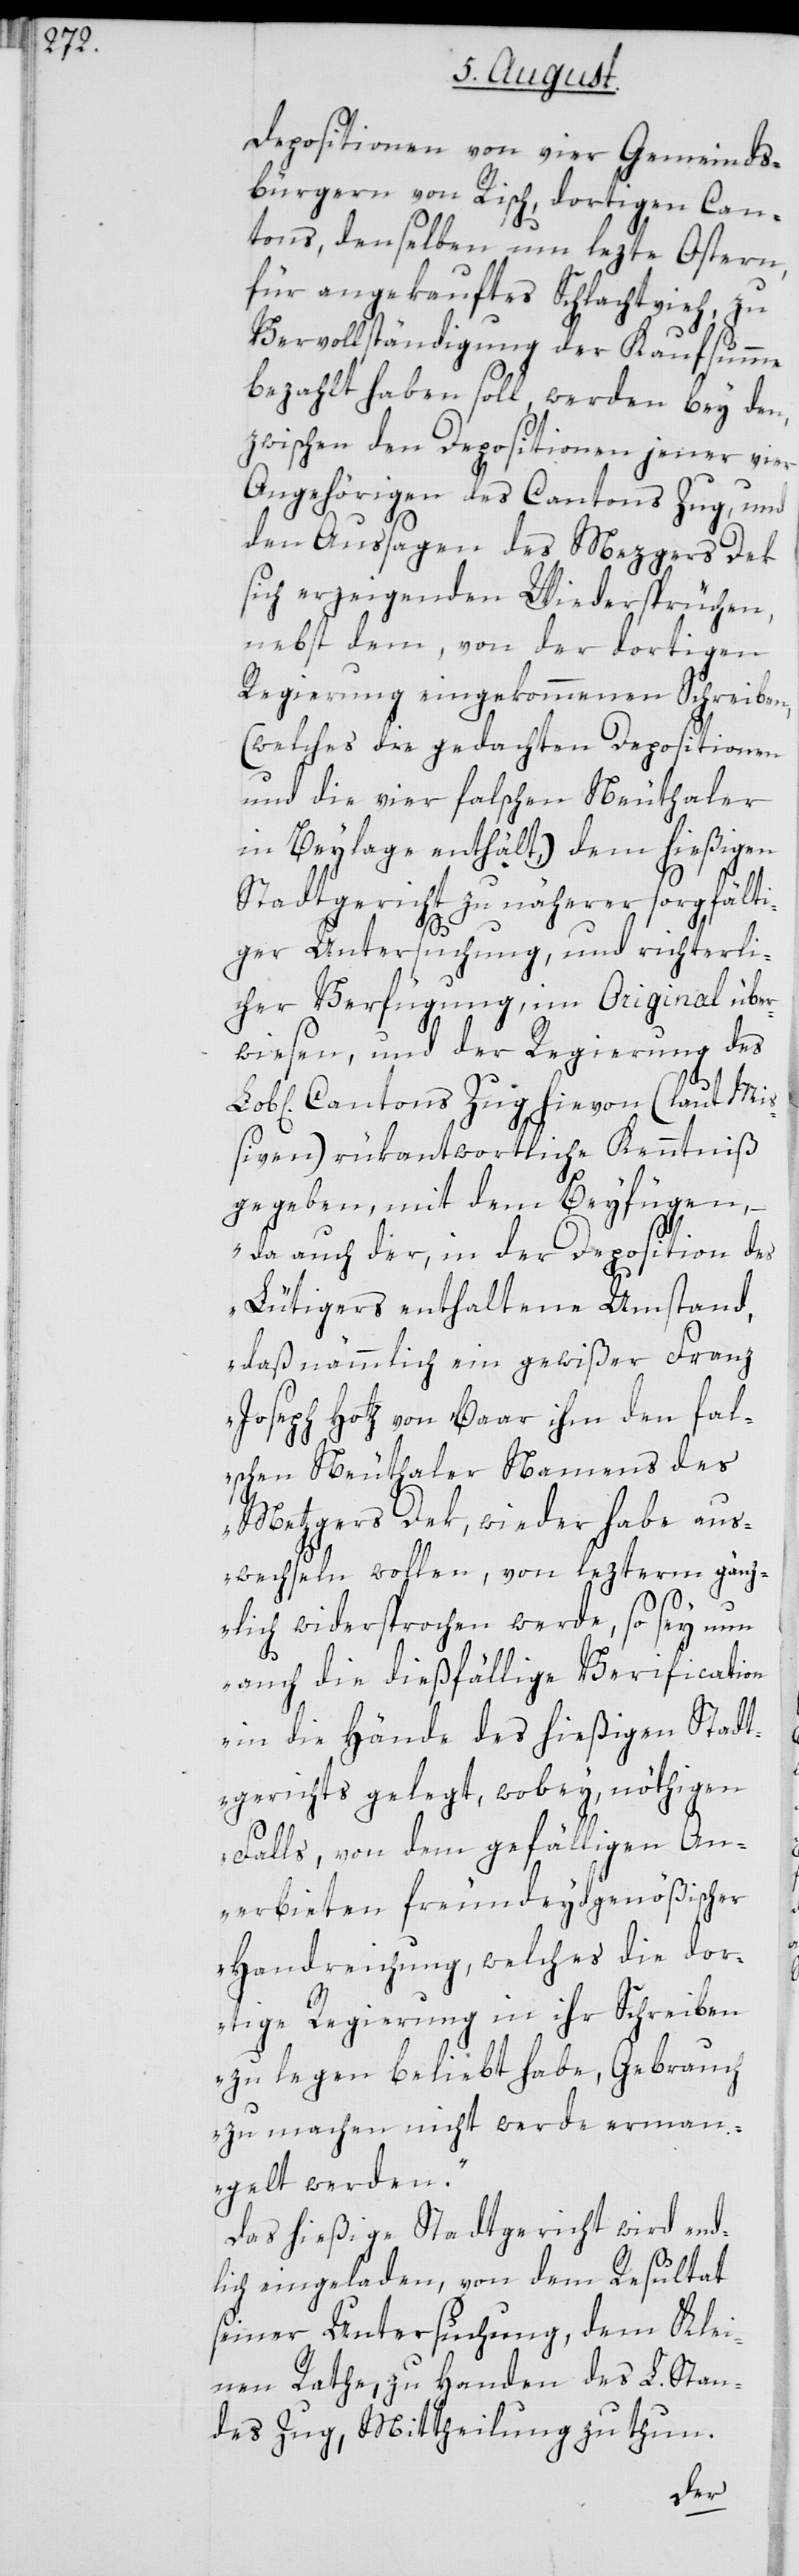
Depositionen von vier Gemeinds¬
bürgern von Risch, dortigen Can¬
tons, denselben um lezte Ostern,
für angekauftes Schlachtvieh, zu
Vervollständigung der Kaufsumme
bezahlt haben soll, werden bey den,
zwischen den Depositionen jener vier
Angehörigen des Cantons Zug, und
den Aussagen des Mezgers Dek
sich erzeigenden Wiedersprüchen,
nebst dem, von der dortigen
Regierung eingekommenen Schreiben,
(welches die gedachten Depositionen
und die vier falschen Neuthaler
in Beylage enthält,) dem hießigen
Stadtgericht zu näherer sorgfälti¬
ger Untersuchung, und richterli¬
cher Verfügung, im Original über¬
wiesen, und der Regierung des
Cantons Zug hievon (laut Mi¬
ßiven) rükantwortliche Kenntniß
gegeben, mit dem Beyfügen,
„da auch der, in der Deposition des
Lütigers enthaltene Umstand,
daß nämmlich ein gewißer Franz
Joseph Hotz von Baar ihm den fal¬
schen Neuthaler Namens des
Metzgers Dek, wieder habe aus¬
wechseln wollen, von lezterm gänz¬
lich widersprochen werde, so sey nun
auch die dießfällige Verification
in die Hände des hießigen Stadt¬
gerichts gelegt, wobey nöthigen
Falls, von dem gefälligen An¬
erbieten freundeydgenößischer
Handreichung, welches die do¬
rtige Regierung in ihr Schreiben
zu legen beliebt habe, Gebrauch
zu machen nicht werde erman¬
gelt werden.“
Das hießige Stadtgericht wird end¬
lich eingeladen, von dem Resultat
seiner Untersuchung, dem Klei¬
nen Rathe, zu Handen des L. Stan¬
des Zug, Mittheilung zu thun.